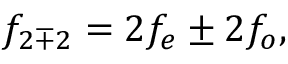
f _ { 2 \mp 2 } = 2 f _ { e } \pm 2 f _ { o } ,